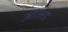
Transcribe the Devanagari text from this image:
आॅलड